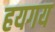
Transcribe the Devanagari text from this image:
हयगय